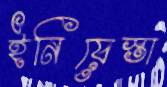
ইনিয়েস্তা